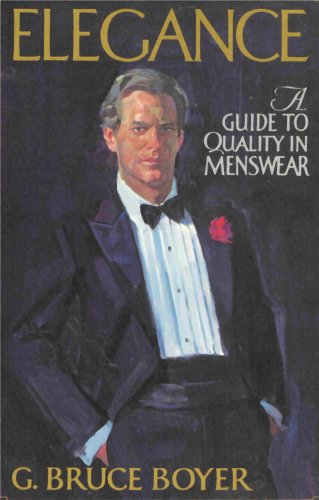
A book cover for Elegance - A Guide to Quality in Menswear; G. Bruce Boyer; Health, Fitness & Dieting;